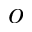
o